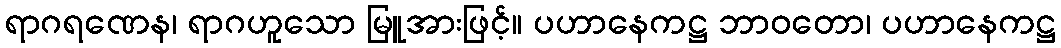
ရာဂရဏေန၊ ရာဂဟူသော မြူအားဖြင့်။ ပဟာနေကဋ္ဌ ဘာဝတော၊ ပဟာနေကဋ္ဌ